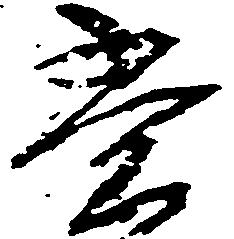
常